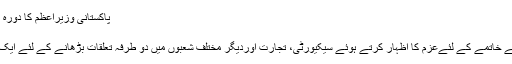
پاکستانی وزیراعظم کا دورہ اسپین | معاشرہ | DW | 03.06.2010
پاکستانی وزیراعظم کا دورہ اسپین
پاکستان اوراسپین، عالمی دہشت گردی کے خاتمے کے لئےعزم کا اظہار کرتے ہوئے سیکیورٹی، تجارت اوردیگر مختلف شعبوں میں دو طرفہ تعلقات بڑھانے کے لئے ایک وسیع تر فریم ورک پرمتفق ہو گئے ہیں۔